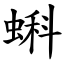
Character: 蝌